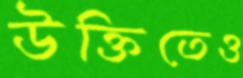
উক্তিতেও